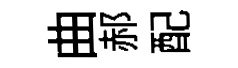
曲郝配